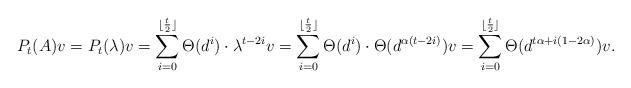
LaTeX: \begin{align*}P_t(A)v = P_t(\lambda)v = \sum_{i=0}^{\lfloor \frac{t}{2}\rfloor}\Theta (d^i) \cdot \lambda^{t-2i} v = \sum_{i=0}^{\lfloor \frac{t}{2}\rfloor}\Theta (d^i) \cdot \Theta(d^{\alpha(t-2i)})v = \sum_{i=0}^{\lfloor \frac{t}{2}\rfloor} \Theta(d^{t\alpha + i(1-2\alpha) })v.\end{align*}